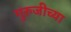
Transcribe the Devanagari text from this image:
गुरुजीच्या